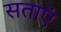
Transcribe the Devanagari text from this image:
सताएं